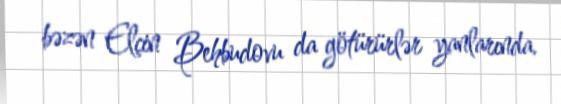
bəzən Elçin Behbudovu da götürürlər yanlarında.